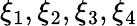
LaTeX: \xi_{1},\xi_{2},\xi_{3},\xi_{4}